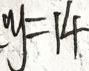
y = 1 4